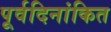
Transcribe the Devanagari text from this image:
पूर्वदिनांकित